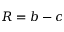
R = b - c